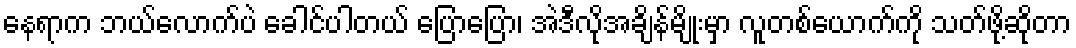
နေရာက ဘယ်လောက်ပဲ ခေါင်ပါတယ် ပြောပြော၊ အဲဒီလိုအချိန်မျိုးမှာ လူတစ်ယောက်ကို သတ်ဖို့ဆိုတာ